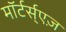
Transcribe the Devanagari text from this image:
माॅर्टर्स्एज़